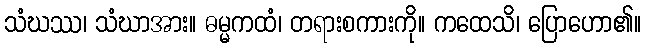
သံဃဿ၊ သံဃာအား။ ဓမ္မကထံ၊ တရားစကားကို။ ကထေသိ၊ ပြောဟော၏။